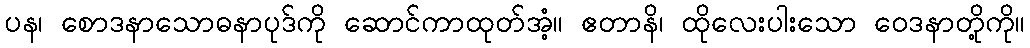
ပန၊ စောဒနာသောဓနာပုဒ်ကို ဆောင်ကာထုတ်အံ့။ ဧတာနိ၊ ထိုလေးပါးသော ဝေဒနာတို့ကို။